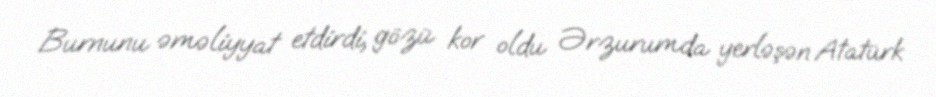
Burnunu əməliyyat etdirdi, gözü kor oldu Ərzurumda yerləşən Atatürk